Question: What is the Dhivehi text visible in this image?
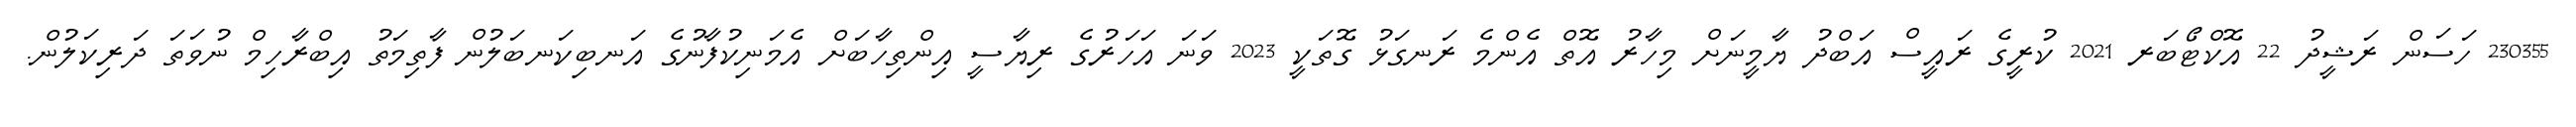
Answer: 230355 ހަސަން ރަޝީދު 22 އޮކްޓޯބަރ 2021 ކުރީގެ ރައީސް އަބްދު ޔާމީނަށް މިހާރު އޮތް އެންމެ ރަނގަޅު ގޮތަކީ 2023 ވަނަ އަހަރުގެ ރިޔާސީ އިންތިހާބަށް އެމަނިކުފާނުގެ އަނބިކަނބަލުން ފާތިމަތު އިބްރާހިމް ނުވަތަ ދަރިކަލުން.